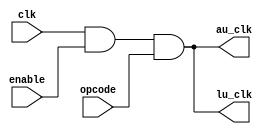
`timescale 1ns / 1ps
//////////////////////////////////////////////////////////////////////////////////
// Company: 
// Engineer: 
// 
// Design Name: 
// Module Name:    clock_gating 
// Project Name: 
// Target Devices: 
// Tool versions: 
// Description: 
//
// Dependencies: 
//
// Revision: 
// Revision 0.01 - File Created
// Additional Comments: 
//
//////////////////////////////////////////////////////////////////////////////////
module clock_gating(clk, enable, opcode, au_clk, lu_clk);
input clk;
input opcode;
input enable;
output au_clk;
output lu_clk;
wire enable, opcode, au_clk, lu_clk, clk;

assign au_clk = clk & enable & opcode;
assign lu_clk = clk & enable & opcode;

endmodule